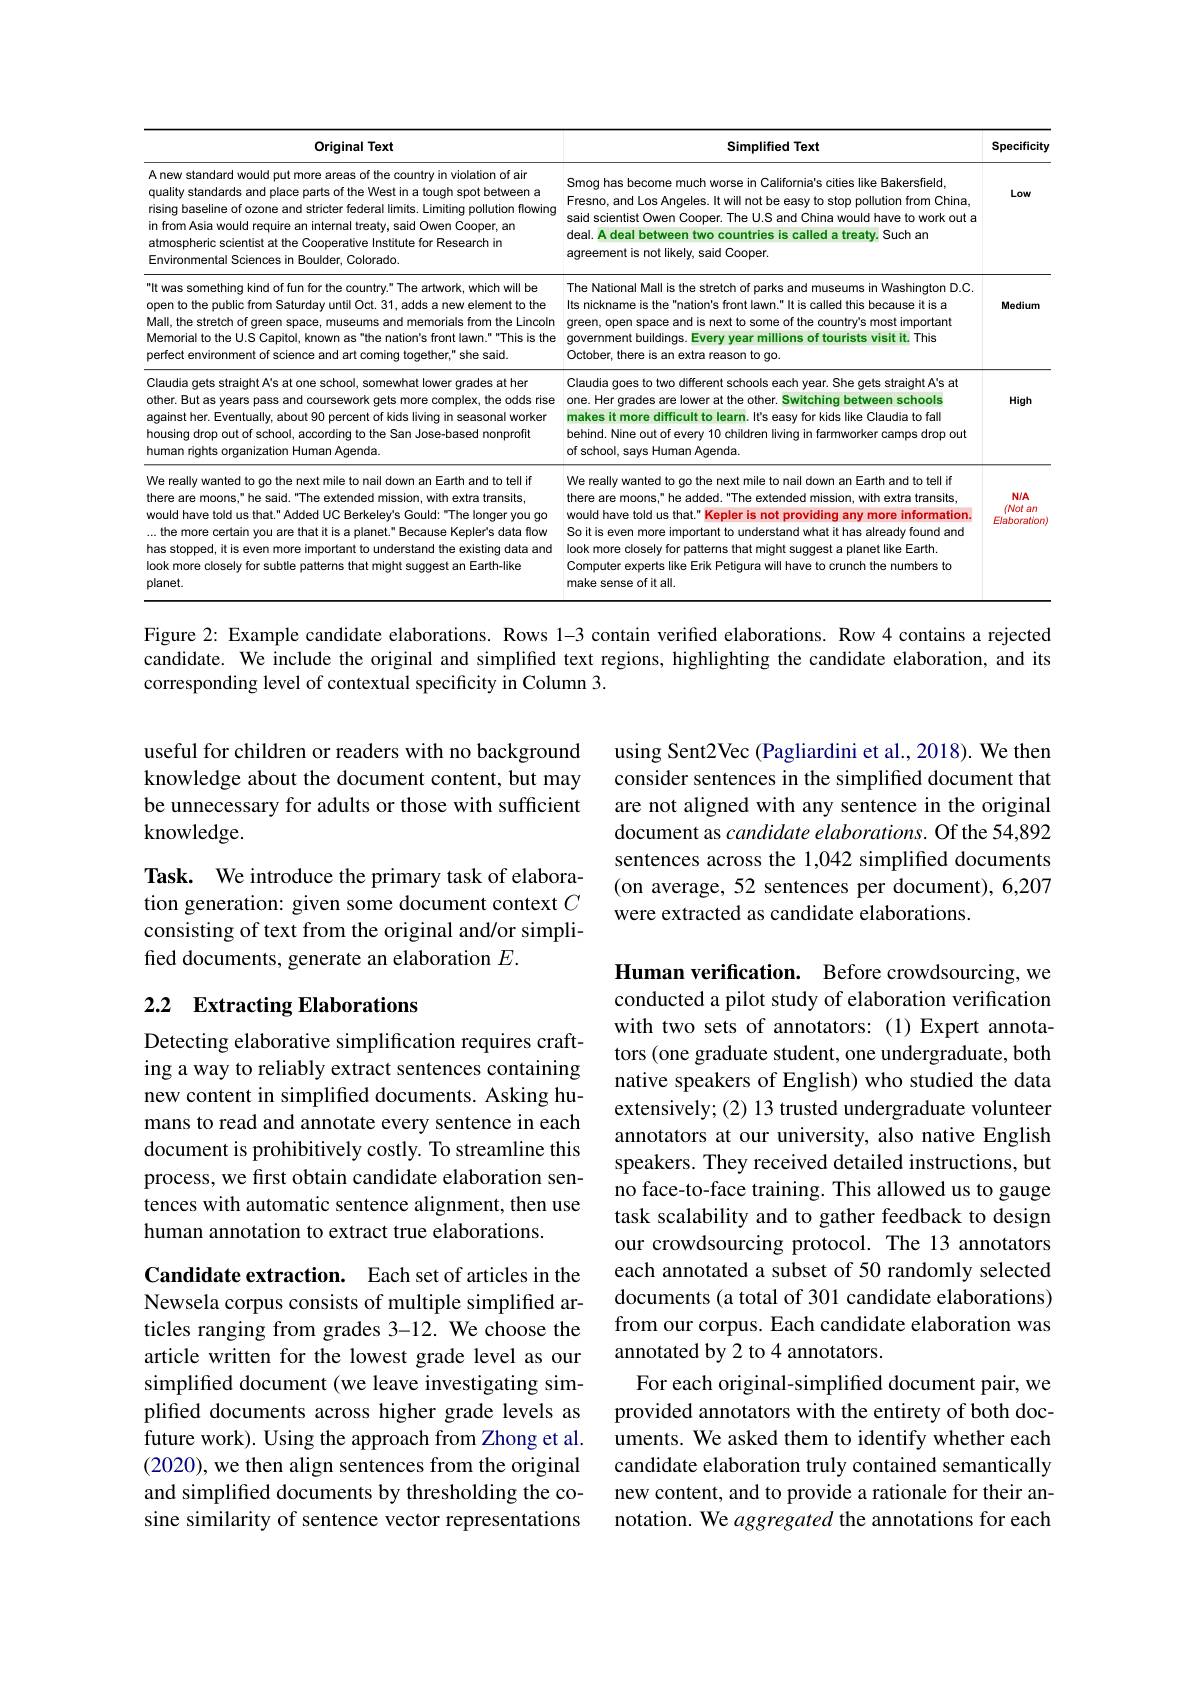
<table>
	<tbody>
		<tr>
			<th>Original Text</th>
			<th>Simplified Text</th>
			<th>Specificity</th>
		</tr>
		<tr>
			<td>A new standard would put more areas of the country in violation of ain quality standards and place parts of the West in a tough spot between a rising baseline of ozone and stricter federal limits. Limiting pollution flowing in from Asia would require an internal treaty, said Owen Cooper, an atmospheric scientist at the Cooperative Institute for Research in Environmental Sciences in Boulder, Colorado</td>
			<td>Smog has become much worse in California's cities like Bakersfield, Fresno, and Los Angeles. It will not be easy to stop pollution from China, said scientist Owen Cooper. The U.S and China would have to work out a deal. A deal between two countries is called a treaty. Such an agreement is not likely, said Cooper.</td>
			<td>Low</td>
		</tr>
		<tr>
			<td>It was something kind of fun for the country." The artwork, which will be open to the public from Saturday until Oct. 31, adds a new element to the Mall, the stretch of green space, museums and memorials from the Lincoln Memorial to the U.S Capitol, known as"the nation's front lawn.""This is the perfect environment of science and art coming together," she said.</td>
			<td>The National Mall is the stretch of parks and museums in Washington D.C Its nickname is the"nation's front lawn." It is called this because it is a green, open space and is next to some of the country's most important government buildings. Every year millions of tourists visit it. This October, there is an extra reason to go.</td>
			<td>Medium</td>
		</tr>
		<tr>
			<td>Claudia gets straight A's at one school, somewhat lower grades at her other. But as years pass and coursework gets more complex, the odds rise against her. Eventually, about 90 percent of kids living in seasonal worker housing drop out of school, according to the San Jose-based nonprofit human rights organization Human Agenda.</td>
			<td>Claudia goes to two different schools each year. She gets straight A's at one. Her grades are lower at the other. Switching between schools makes it more difficult to learn. It's easy for kids like Claudia to fall behind. Nine out of every 10 children living in farmworker camps drop out of school, says Human Agenda.</td>
			<td>High</td>
		</tr>
		<tr>
			<td>We really wanted to go the next mile to nail down an Earth and to tell if there are moons," he said."The extended mission, with extra transits, would have told us that." Added UC Berkeley's Gould: "The longer you go ...the more certain you are that it is a planet." Because Kepler's data flow has stopped, it is even more important to understand the existing data and look more closely for subtle patterns that might suggest an Earth-like planet.</td>
			<td>We really wanted to go the next mille to nail down an Earth and to tell if there are moons," he added. "The extended mission, with extra transits would have told us that." Kepler is not providing any more information. So it is even more important to understand what it has already found and look more closely for patterns that might suggest a planet like Earth. Computer experts like Erik Petigura will have to crunch the numbers to make sense of it all.</td>
			<td>$N/A$ $(Notan$ Elaboration)</td>
		</tr>
	</tbody>
</table>

Figure 2: Example candidate elaborations. Rows 1-3 contain verified elaborations. Row 4 contains a rejected candidate. We include the original and simplified text regions, highlighting the candidate elaboration, and its corresponding level of contextual specificity in Column 3.

useful for children or readers with no background knowledge about the document content, but may be unnecessary for adults or those with sufficient knowledge.

using Sent2Vec (Pagliardini et al., 2018). We then consider sentences in the simplified document that are not aligned with any sentence in the original document as candidate elaborations. Of the 54,892 sentences across the 1,042 simplified documents (on average, 52 sentences per document), 6,207 were extracted as candidate elaborations.

Task. We introduce the primary task of elaboration generation: given some document context $C$ consisting of text from the original and/or simplified documents, generate an elaboration $E.$

### 2.2 Extracting Elaborations

Detecting elaborative simplification requires crafting a way to reliably extract sentences containing new content in simplified documents. Asking humans to read and annotate every sentence in each document is prohibitively costly. To streamline this process, we first obtain candidate elaboration sentences with automatic sentence alignment, then use human annotation to extract true elaborations.

Human verification. Before crowdsourcing, we conducted a pilot study of elaboration verification with two sets of annotators: (1)Expert annotators (one graduate student, one undergraduate, both native speakers of English) who studied the data extensively; (2) 13 trusted undergraduate volunteer annotators at our university, also native English speakers. They received detailed instructions, but no face-to-face training. This allowed us to gauge task scalability and to gather feedback to design our crowdsourcing protocol. The 13 annotators each annotated a subset of 50 randomly selected documents (a total of 301 candidate elaborations) from our corpus. Each candidate elaboration was annotated by 2 to 4 annotators.
For each original-simplified document pair, we provided annotators with the entirety of both documents. We asked them to identify whether each candidate elaboration truly contained semantically new content, and to provide a rationale for their annotation. We aggregated the annotations for each

Candidate extraction. Each set of articles in the Newsela corpus consists of multiple simplified articles ranging from grades 3-12. We choose the article written for the lowest grade level as our simplified document (we leave investigating simplified documents across higher grade levels as future work). Using the approach from Zhong et al. (2020), we then align sentences from the original and simplifed documents by thresholding the cosine similarity of sentence vector representations